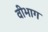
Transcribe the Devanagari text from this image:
वीभाग